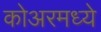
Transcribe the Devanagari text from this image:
कोअरमध्ये